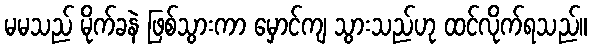
မမသည် မိုက်ခနဲ ဖြစ်သွားကာ မှောင်ကျ သွားသည်ဟု ထင်လိုက်ရသည်။